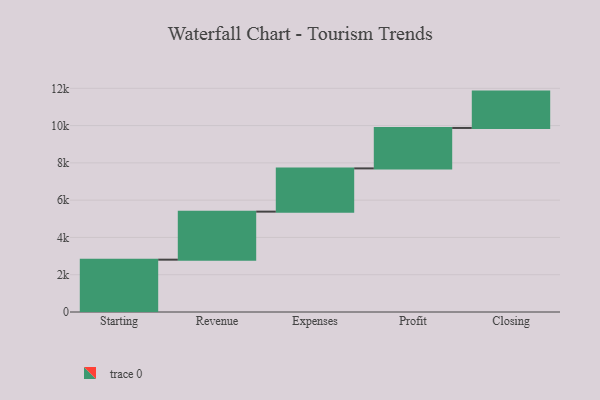
{"axis": {"x": "Step", "y": "Value"}, "legend": [""], "data": [{"x": "Starting", "y": 2807.0, "type": ""}, {"x": "Revenue", "y": 2577.0, "type": ""}, {"x": "Expenses", "y": 2319.0, "type": ""}, {"x": "Profit", "y": 2170.0, "type": ""}, {"x": "Closing", "y": 1950.0, "type": ""}]}